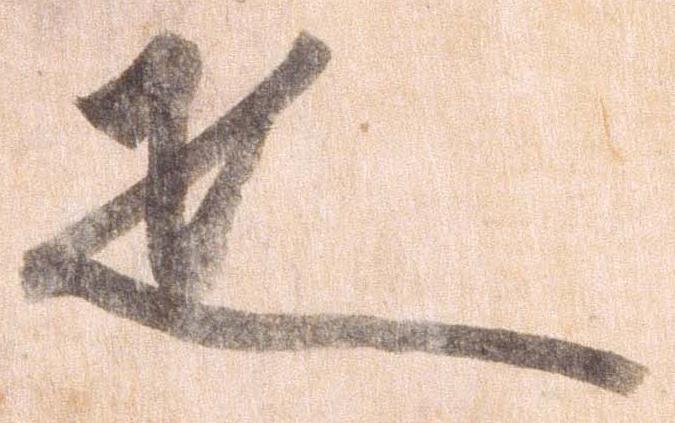
疋